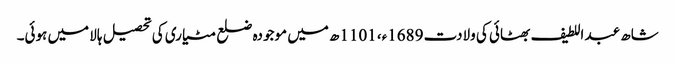
شاھ عبد اللطیف بھٹائی کی ولادت 1689ء، 1101ھ میں موجودہ ضلع مٹیاری کی تحصیل ہالا میں ہوئی۔